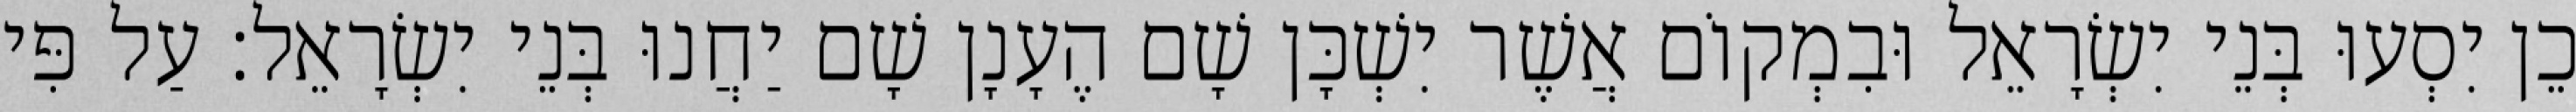
כֵן יִסְעוּ בְּנֵי יִשְׂרָאֵל וּבִמְקוֹם אֲשֶׁר יִשְׁכָּן שָׁם הֶעָנָן שָׁם יַחֲנוּ בְּנֵי יִשְׂרָאֵל׃ עַל פִּי